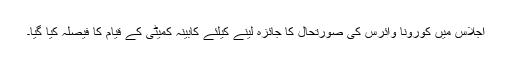
اجلاس میں کورونا وائرس کی صورتحال کا جائزہ لینے کیلئے کابینہ کمیٹی کے قیام کا فیصلہ کیا گیا۔